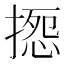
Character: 𢱽